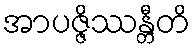
အာပဇ္ဇိဿန္တီတိ